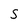
Character: S